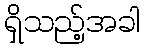
ရှိသည့်အခါ